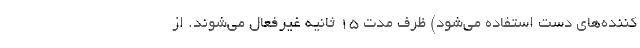
کننده‌های دست استفاده می‌شود) ظرف مدت ۱۵ ثانیه غیرفعال می‌شوند. از